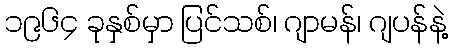
၁၉၆၄ ခုနှစ်မှာ ပြင်သစ်၊ ဂျာမန်၊ ဂျပန်နဲ့